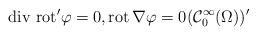
LaTeX: \begin{align*}\mathrm{div}\, \, \mathrm{rot}' \varphi = 0, \mathrm{rot} \, \nabla \varphi = 0 (\mathcal{C}_{0}^{\infty}(\Omega))' \end{align*}